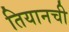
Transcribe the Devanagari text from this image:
तियानची